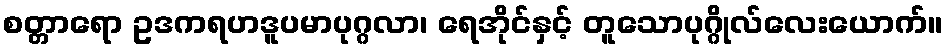
စတ္တာရော ဥဒကရဟဒူပမာပုဂ္ဂလာ၊ ရေအိုင်နှင့် တူသောပုဂ္ဂိုလ်လေးယောက်။